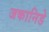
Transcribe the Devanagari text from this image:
जकानिडे